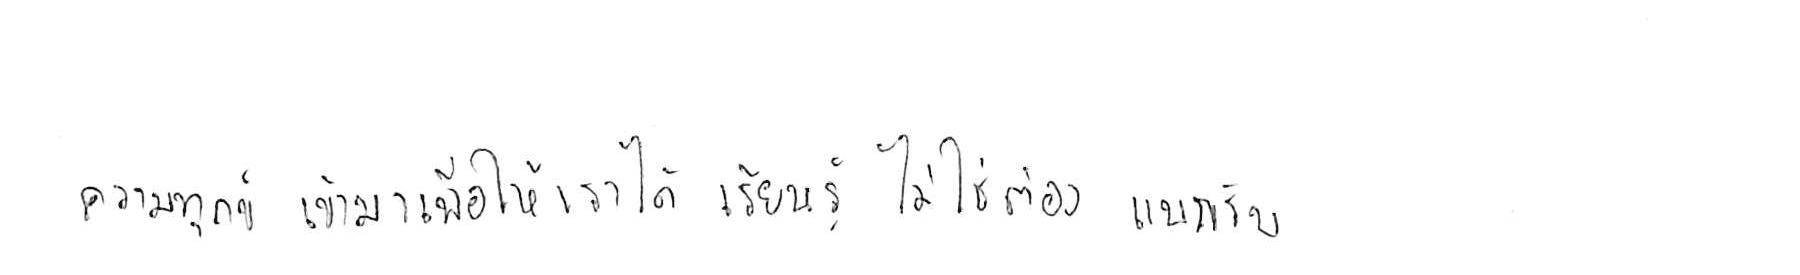
ความทุกข์ เข้ามาเพื่อให้เราได้ เรียนรู้ ไม่ใช่ต้อง แบกรับ